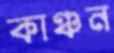
কাঞ্চন